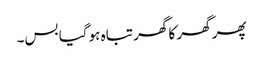
پھر گھر کا گھر تباہ ہو گیا بس۔